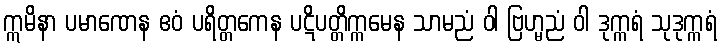
ဣမိနာ ပမာဏေန ဧဝံ ပရိတ္တကေန ပဋိပတ္တိက္ကမေန သာမညံ ဝါ ဗြဟ္မညံ ဝါ ဒုက္ကရံ သုဒုက္ကရံ